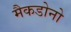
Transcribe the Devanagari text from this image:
मैकडोनो